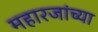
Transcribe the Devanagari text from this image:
महारजांच्या